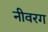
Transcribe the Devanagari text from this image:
नीवरग